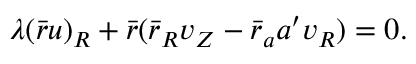
\begin{array} { r } { \lambda ( \bar { r } u ) _ { R } + \bar { r } ( \bar { r } _ { R } v _ { Z } - \bar { r } _ { a } { a } ^ { \prime } v _ { R } ) = 0 . } \end{array}